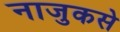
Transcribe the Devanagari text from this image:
नाजुकसे